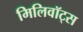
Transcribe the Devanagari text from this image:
मिलिवॉट्स